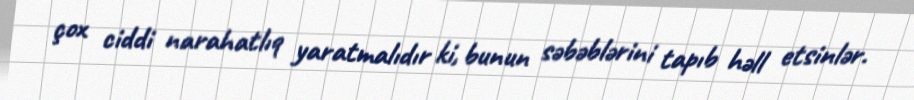
çox ciddi narahatlıq yaratmalıdır ki, bunun səbəblərini tapıb həll etsinlər.